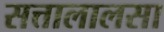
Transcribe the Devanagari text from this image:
सत्तालालसा